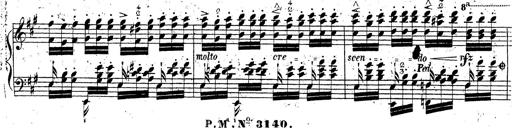
Title: Grande fantaisie sur la tyrolienne de l'opÃ©ra
Composer: Franz Liszt
Key: A major